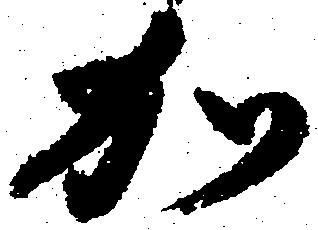
加